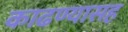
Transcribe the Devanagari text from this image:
काढण्यासह